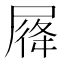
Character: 𡲛